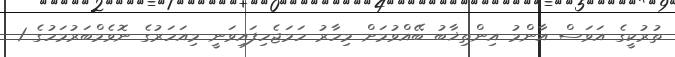
ތުރުކީގެ އަވަސް އާންމު އިންތިޚާބު ބޭއްވުމަށް މިހާރު ހަމަޖެހިފައިވަނީ މިއަހަރުގެ ނޮވެމްބަރުމަހުގެ 1